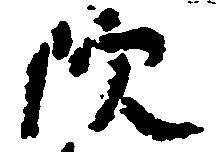
院